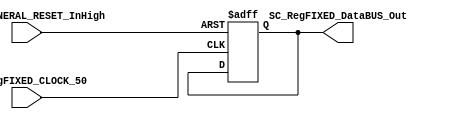
module SC_RegFIXED #(parameter DATAWIDTH_BUS=32, parameter DATA_REGFIXED_INIT=32'b00000000000000000000000000000000)(
	//////////// OUTPUTS //////////
	SC_RegFIXED_DataBUS_Out,
	//////////// INPUTS //////////
	SC_RegFIXED_CLOCK_50,
	SC_RegGENERAL_RESET_InHigh
);
//=======================================================
//  PARAMETER declarations
//=======================================================

//=======================================================
//  PORT declarations
//=======================================================
output reg		[DATAWIDTH_BUS-1:0] SC_RegFIXED_DataBUS_Out;
input			SC_RegFIXED_CLOCK_50;
input			SC_RegGENERAL_RESET_InHigh;
//=======================================================
//  REG/WIRE declarations
//=======================================================
reg [DATAWIDTH_BUS-1:0] RegFIXED_Register;
reg [DATAWIDTH_BUS-1:0] RegFIXED_Signal;
//=======================================================
//  Structural coding
//=======================================================
//INPUT LOGIC: COMBINATIONAL
always @ (*)
	RegFIXED_Signal = RegFIXED_Register;
// REGISTER : SEQUENTIAL
always @ ( negedge SC_RegFIXED_CLOCK_50 , posedge SC_RegGENERAL_RESET_InHigh)
	if (SC_RegGENERAL_RESET_InHigh==1)
		RegFIXED_Register <= DATA_REGFIXED_INIT;
	else
		RegFIXED_Register <= RegFIXED_Signal;
//=======================================================
//  Outputs
//=======================================================
// OUTPUT LOGIC : COMBINATIONAL
	always @ (*)
		SC_RegFIXED_DataBUS_Out = RegFIXED_Register;  

endmodule